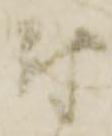
尉